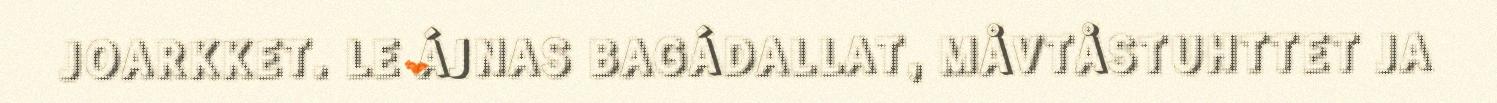
JOARKKET. LE ÁJNAS BAGÁDALLAT, MÅVTÅSTUHTTET JA